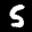
Label: 5